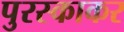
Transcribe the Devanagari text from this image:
पुरस्काकर